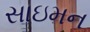
સાઇમન